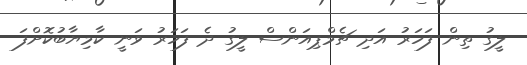
ލީގު ތިން ފަހަރު އަދި ޗެމްޕިއަންސް ލީގު ދެ ފަހަރު ވަނީ ކާމިޔާބުކޮށްފަ